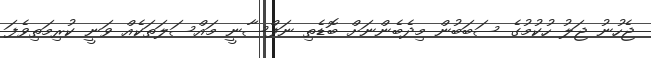
ޖެހުނު ޖަލު ހުކުމުގެ ސަބަބުން މިދެބެންނަށް ބޮޑެތި ނަފްސާނީ މައްސަލަތަކެއް ވަނީ ކުރިމަތިވެފަ